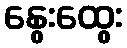
နွေးထွေး